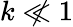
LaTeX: k\not\ll 1